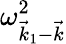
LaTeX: \omega_{\vec{k}_{1}-\vec{k}}^{2}